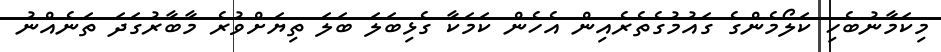
މިކަމާނުބެހި ކަލޯމެންގެ ގައުމުގެތެރެއިން އެހެން ކަމަކާ ގެޅިބަލަ ބަލަ ތިޔަށްވުރެ މާބާރުގަދަ ތަނެއްނު